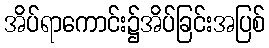
အိပ်ရာကောင်း၌အိပ်ခြင်းအပြစ်